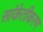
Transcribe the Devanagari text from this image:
सांकेतीकरण